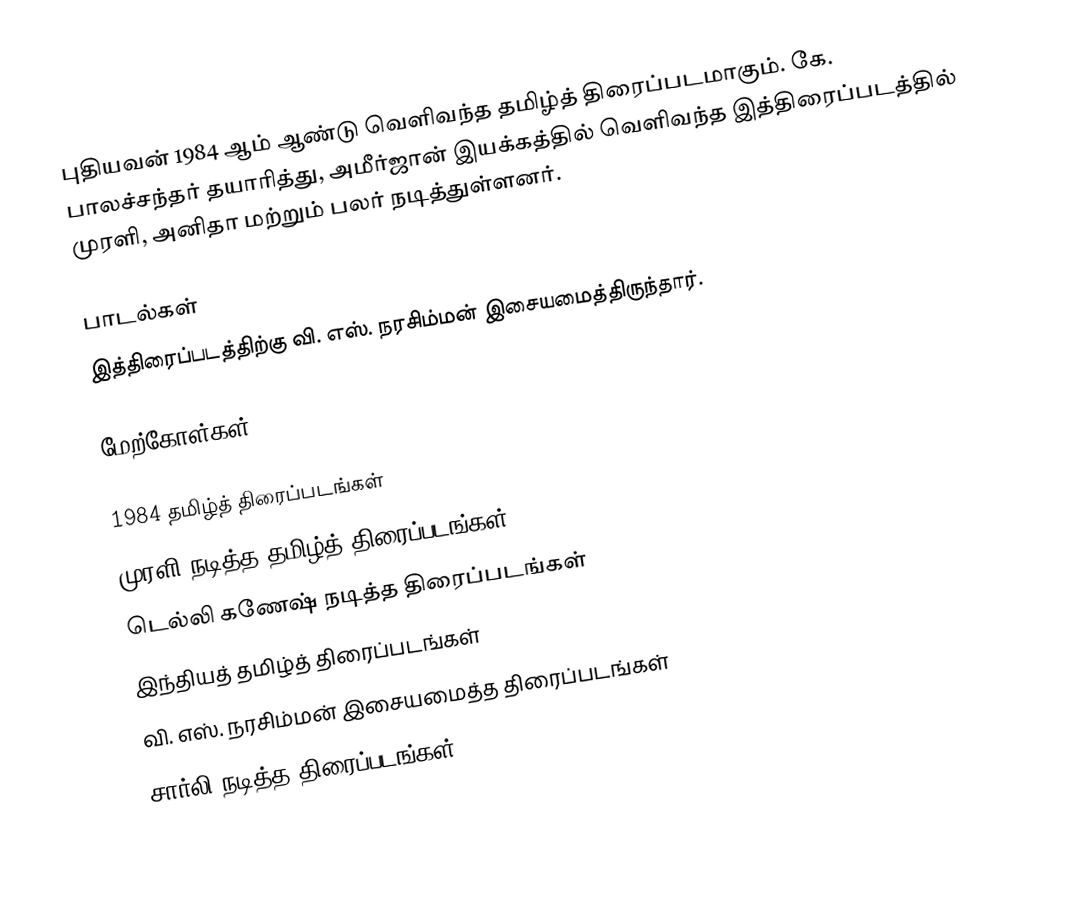
புதியவன் 1984 ஆம் ஆண்டு வெளிவந்த தமிழ்த் திரைப்படமாகும். கே. பாலச்சந்தர் தயாரித்து, அமீர்ஜான் இயக்கத்தில் வெளிவந்த இத்திரைப்படத்தில் முரளி, அனிதா மற்றும் பலர் நடித்துள்ளனர்.

பாடல்கள்
இத்திரைப்படத்திற்கு வி. எஸ். நரசிம்மன் இசையமைத்திருந்தார்.

மேற்கோள்கள்

1984 தமிழ்த் திரைப்படங்கள்
முரளி நடித்த தமிழ்த் திரைப்படங்கள்
டெல்லி கணேஷ் நடித்த திரைப்படங்கள்
இந்தியத் தமிழ்த் திரைப்படங்கள்
வி. எஸ். நரசிம்மன் இசையமைத்த திரைப்படங்கள்
சார்லி நடித்த திரைப்படங்கள்